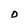
Character: D